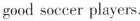
good soccer players.